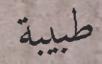
طبیبة